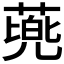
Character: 𮐰